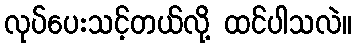
လုပ်ပေးသင့်တယ်လို့ ထင်ပါသလဲ။